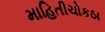
માહિતીચોકઠા